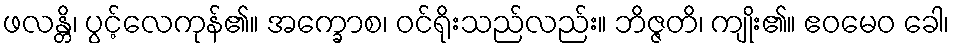
ဖလန္တိ၊ ပွင့်လေကုန်၏။ အက္ခောစ၊ ဝင်ရိုးသည်လည်း။ ဘိဇ္ဇတိ၊ ကျိုး၏။ ဧဝမေဝ ခေါ၊